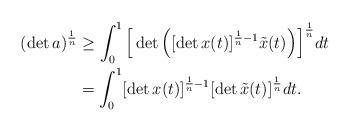
LaTeX: \begin{align*} (\det a)^\frac{1}{n} &\geq \int_{0}^1\Big[\det \Big( [\det x(t)]^{\frac{1}{n}-1}\tilde{ x}(t)\Big)\Big]^\frac{1}{n}dt\\&= \int_{0}^1[\det x(t)]^{\frac{1}{n}-1}[\det \tilde{ x}(t) ]^\frac{1}{n}dt.\end{align*}